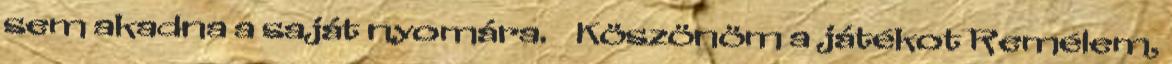
sem akadna a saját nyomára. Köszönöm a játékot Remélem,